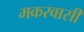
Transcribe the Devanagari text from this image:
मकरवासी